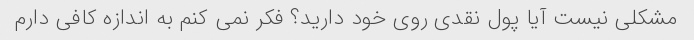
مشکلی نیست آیا پول نقدی روی خود دارید؟ فکر نمی کنم به اندازه کافی دارم